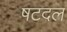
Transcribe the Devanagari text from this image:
षटदल